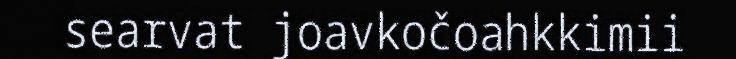
searvat joavkočoahkkimii